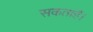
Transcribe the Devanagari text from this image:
सकताहैं।